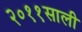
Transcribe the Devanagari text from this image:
२०११साली